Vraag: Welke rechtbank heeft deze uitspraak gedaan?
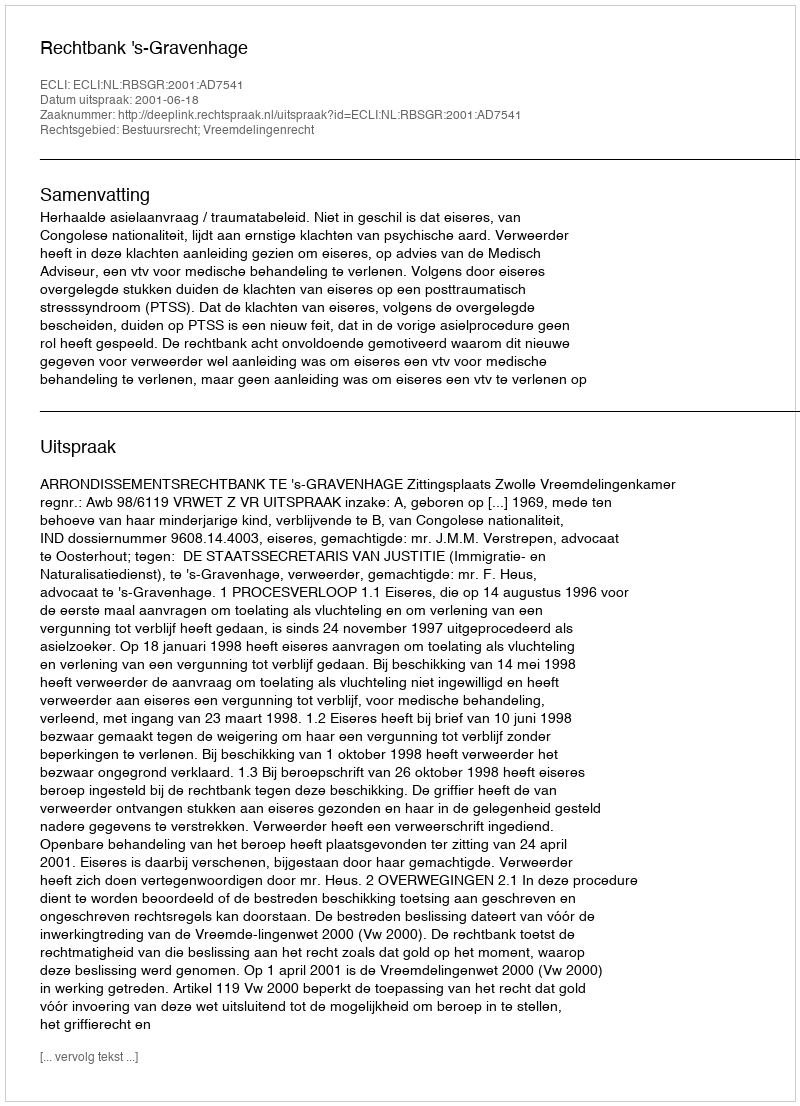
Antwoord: Rechtbank 's-Gravenhage